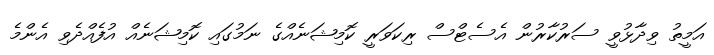
އަމީތު ވިދާޅުވީ ސަރުކާރުން އެސެޓްސް ރިކަވަރީ ކޮމިޝަނެއްގެ ނަމުގައި ކޮމިޝަނެއް އުފެއްދެވި އެންމެ